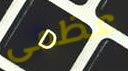
عظمى